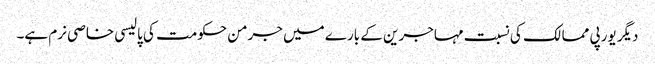
دیگر یورپی ممالک کی نسبت مہاجرین کے بارے میں جرمن حکومت کی پالیسی خاصی نرم ہے۔